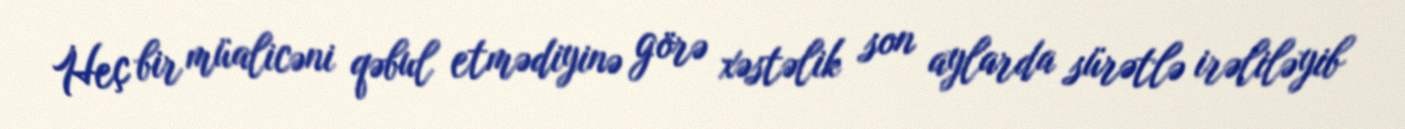
Heç bir müalicəni qəbul etmədiyinə görə xəstəlik son aylarda sürətlə irəliləyib